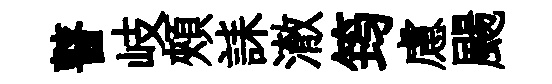
瞽岐頰誄澈筠慮颺